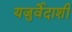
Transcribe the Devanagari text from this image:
यजुर्वेदाशी